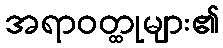
အရာဝတ္ထုများ၏